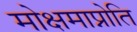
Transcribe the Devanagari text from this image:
मोक्षमाप्नोति